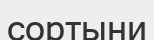
сортыни